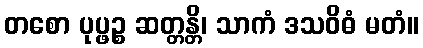
တစော ပုပ္ဖဉ္စ ဆတ္တန္တိ၊ သာကံ ဒသဝိဓံ မတံ။